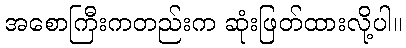
အစောကြီးကတည်းက ဆုံးဖြတ်ထားလို့ပါ။